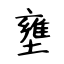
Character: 壅